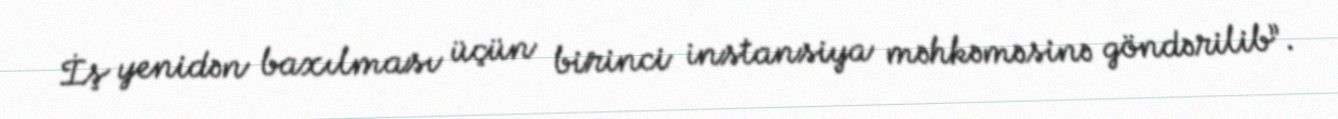
İş yenidən baxılması üçün birinci instansiya məhkəməsinə göndərilib”.